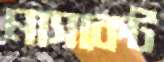
মাসকেট